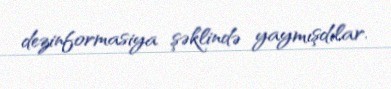
dezinformasiya şəklində yaymışdılar.